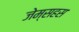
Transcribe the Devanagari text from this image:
जेम्सहस